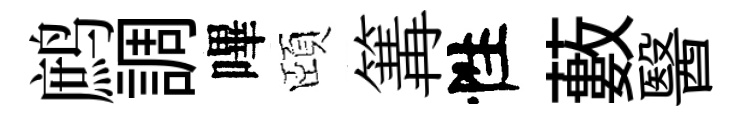
鹧調嗶頤篝性藪醫